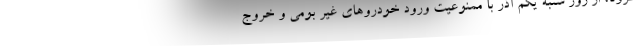
کرونا، از روز شنبه یکم آذر با ممنوعیت ورود خودروهای غیر بومی و خروج